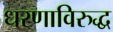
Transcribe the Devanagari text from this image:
धरणाविरुद्ध